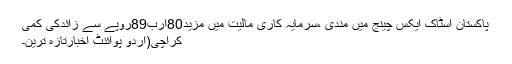
پاکستان اسٹاک ایکس چینج میں مندی ،سرمایہ کاری مالیت میں مزید80ارب89روپے سے زائدکی کمی
کراچی(اُردو پوائنٹ اخبارتازہ ترین۔